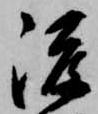
渡